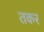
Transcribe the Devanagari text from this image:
तकर